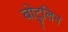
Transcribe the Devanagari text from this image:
बोटुलिन